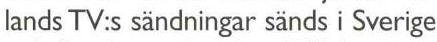
lands TV:s sändningar sänds i Sverige